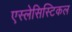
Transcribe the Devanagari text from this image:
एस्लेसिस्टिकल